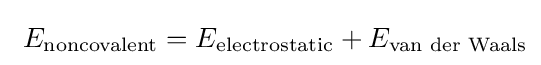
\ E_{\text{noncovalent}}=E_{\text{electrostatic}}+E_{\text{van der Waals}}